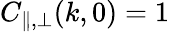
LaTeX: C_{\parallel,\perp}(k,0)=1